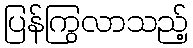
ပြန်ကြွလာသည့်